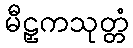
မီဠှကသုတ္တံ